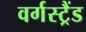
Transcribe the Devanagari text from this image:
वर्गस्ट्रैंड